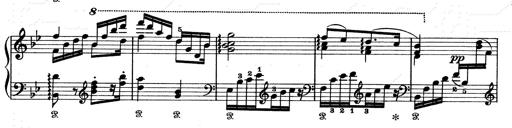
Title: Aus Lohengrin
Composer: Franz Liszt